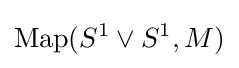
{\rm {Map}}(S^{1}\lor S^{1},M)